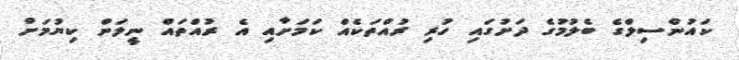
ކައުންސިލްގެ ބެލުމުގެ ދަށުގައި ހުރި ރުއްތަކެއް ކަމަށާއި އެ ރުއްތައް ނީލަން ކިޔުުމަށް